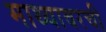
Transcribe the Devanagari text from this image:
माथ्यावरची